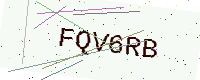
Text: FQV6RB